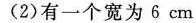
(2)有一个宽为6cm